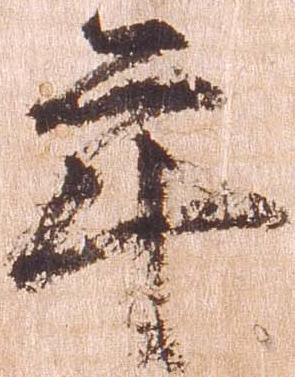
年